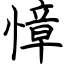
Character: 慞